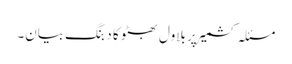
مسئلہ کشمیر پر بلاول بھٹو کا دبنگ بیان۔